Annual report of the Civil Veterinary Department, Bengal, and of the Bengal Veterinary College, for the year 1902-1903 - 1902-1903
Year: 1902
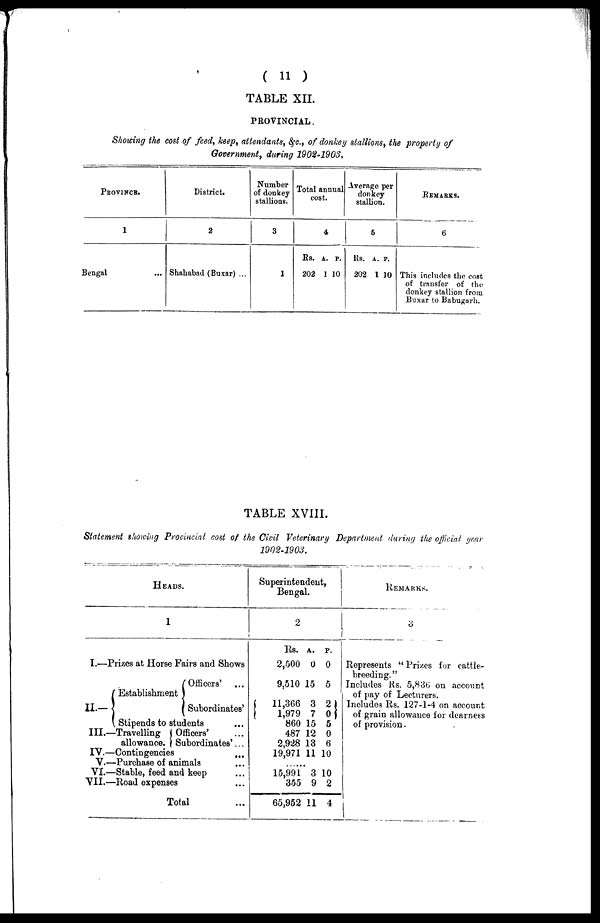
( 11 )
TABLE XII.
PROVINCIAL.
Showing the cost of feed, keep, attendants, &c., of donkey stallions, the property of
Government, during 1902-1903.
PROVINCE.
1
Bengal ...
District.
2
Shahabad (Buxar) ...
Number
of donkey
stallions.
3
1
Total annual
cost.
4
Rs.
202
A.
1
P.
10
Average per
donkey.
5
Rs.
202
A.
1
P.
10
REMARKS.
6
This includes the cost
of transfer of the
donkey stallion from
Buxar to Babugarh.
TABLE XVIII.
Statement showing Provincial cost of the Civil Veterinary Department during the official year
1902-1903.
HEADS.
1
I.—Prizes at Horse Fairs and Shows
II.—
III.—
Establishment
Officers'
...
Subordinates'
Stipends to students ...
Travelling
allowance.
Officers' ...
Subordinates' ...
IV.—Contingencies ...
V.—Purchase of animals ...
VI.—Stable, feed and keep ...
VII.—Road expenses ...
Total
Superintendent,
Bengal.
2
Rs.
2,500
9,510
11,366
1,979
860
487
2,928
19,971
.........
15,99
355
65,952
A.
0
15
3
7
15
12
13
11
13
9
11
p.
0
5
2
0
5
0
6
10
10
2
4
REMARKS.
3
Represents " Prizes for cattle-
breeding."
Includes Rs. 5,836 on account
of pay of Lecturers.
Includes Rs. 127-1-4 on account
of grain allowance for dearness
of provision.